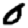
Digit: 0